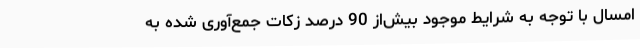
امسال با توجه به شرایط موجود بیش‌از 90 درصد زکات جمع‌آوری شده به